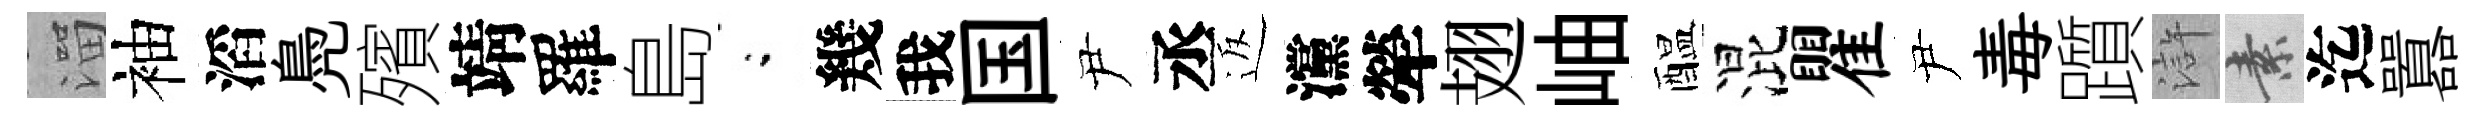
溜袖滔鳧殯靖羅島閤幾我国尹丞返灙犖翅岫醖混瞿尹毒躓滸素迄囂